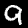
Digit: 9